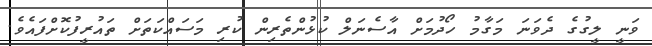
ވަނީ ލީގުގެ ދެވަނަ މަގާމު ހޯދުމަށް އާސެނަލް ކުޅުންތެރިން ކުރި މަސައްކަތަށް ތައުރީފުކޮށްފައެވެ.